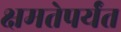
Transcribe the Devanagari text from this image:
क्षमतेपर्यंत